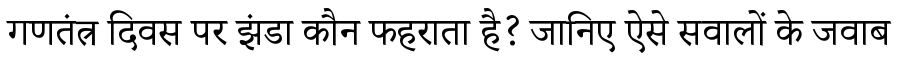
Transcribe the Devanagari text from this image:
गणतंत्र दिवस पर झंडा कौन फहराता है? जानिए ऐसे सवालों के जवाब